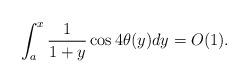
LaTeX: \begin{align*} \int_{a}^x \frac{1}{1+y}\cos4\theta(y) dy=O(1).\end{align*}